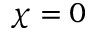
\chi = 0